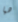
هيا